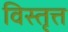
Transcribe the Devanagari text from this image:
विस्तृत्त